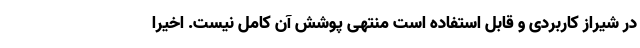
در شیراز کاربردی و قابل استفاده است منتهی پوشش آن کامل نیست. اخیرا